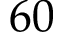
6 0